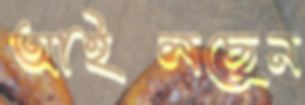
আইলছেন